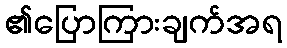
၏ပြောကြားချက်အရ